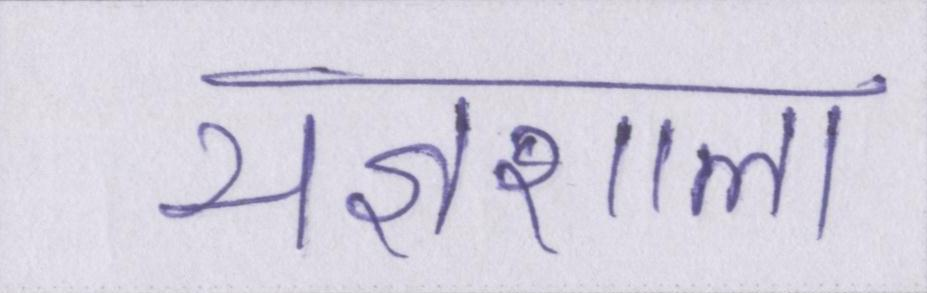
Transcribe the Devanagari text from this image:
यज्ञशाला